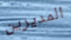
المديرين